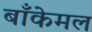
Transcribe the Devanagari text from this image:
बाँकेमल